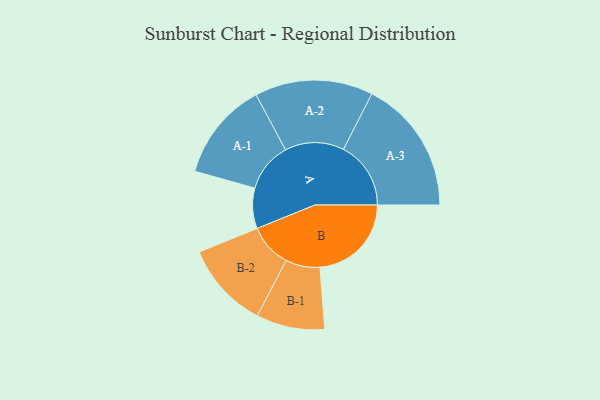
{"axis": {"x": "Segment", "y": "Value"}, "legend": ["", "A", "B"], "data": [{"x": "A", "y": 171, "type": ""}, {"x": "B", "y": 387, "type": ""}, {"x": "A-1", "y": 209, "type": "A"}, {"x": "A-2", "y": 250, "type": "A"}, {"x": "A-3", "y": 285, "type": "A"}, {"x": "B-1", "y": 145, "type": "B"}, {"x": "B-2", "y": 183, "type": "B"}]}